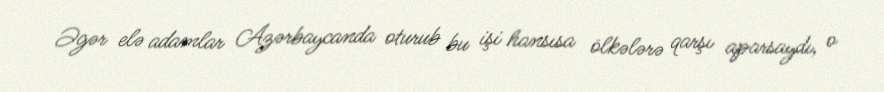
Əgər elə adamlar Azərbaycanda oturub bu işi hansısa ölkələrə qarşı aparsaydı, o